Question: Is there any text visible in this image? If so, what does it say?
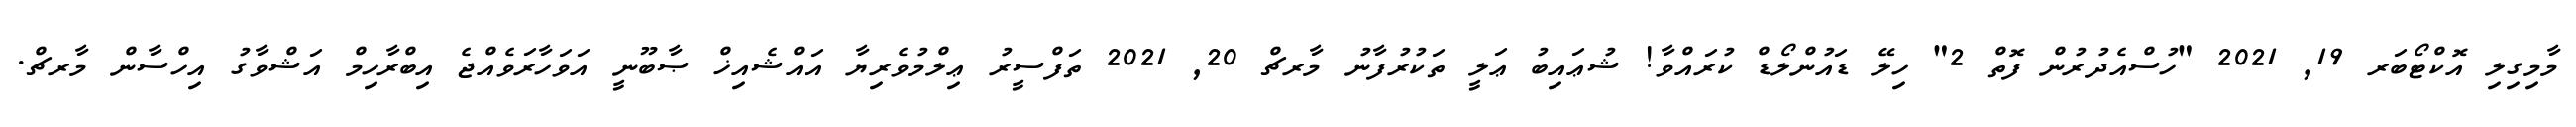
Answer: މާމިގިލި އޮކްޓޯބަރ 19, 2021 "ހުސްއެދުރުން ފޮތް 2" ހިލޭ ޑައުންލޯޑް ކުރައްވާ! ޝުޢައިބު ޢަލީ ތަކުރުފާނު މާރޗް 20, 2021 ތަފްސީރު ޢިލްމުވެރިޔާ އައްޝެއިޚް ޞާބޫނީ އަވަހާރަވެއްޖެ އިބްރާހިމް އަޝްވާގު އިހްސާން މާރޗް.